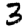
Digit: 3